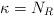
LaTeX: \begin{align*}\kappa=N_{R} \end{align*}